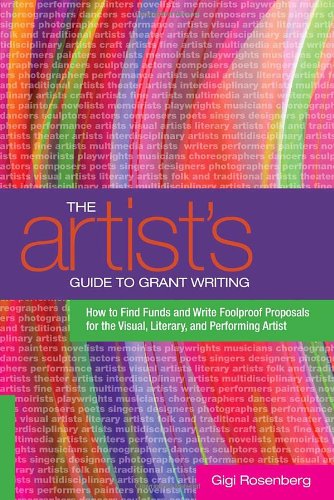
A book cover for The Artist's Guide to Grant Writing: How to Find Funds and Write Foolproof Proposals for the Visual, Literary, and Performing Artist; Gigi Rosenberg; Business & Money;